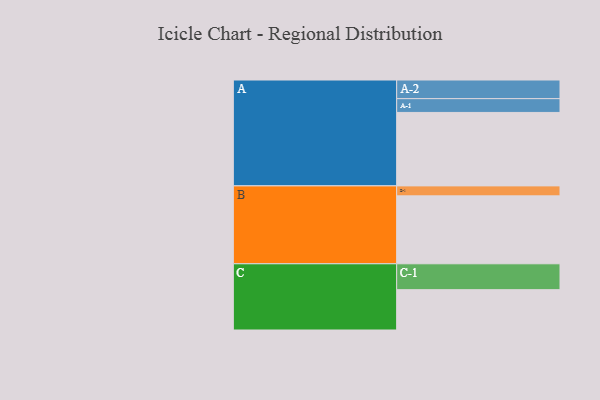
{"axis": {"x": "Segment", "y": "Value"}, "legend": ["", "A", "B", "C"], "data": [{"x": "A", "y": 559, "type": ""}, {"x": "B", "y": 517, "type": ""}, {"x": "C", "y": 307, "type": ""}, {"x": "A-1", "y": 105, "type": "A"}, {"x": "A-2", "y": 142, "type": "A"}, {"x": "B-1", "y": 76, "type": "B"}, {"x": "C-1", "y": 197, "type": "C"}]}